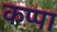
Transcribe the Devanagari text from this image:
कप्‍पा